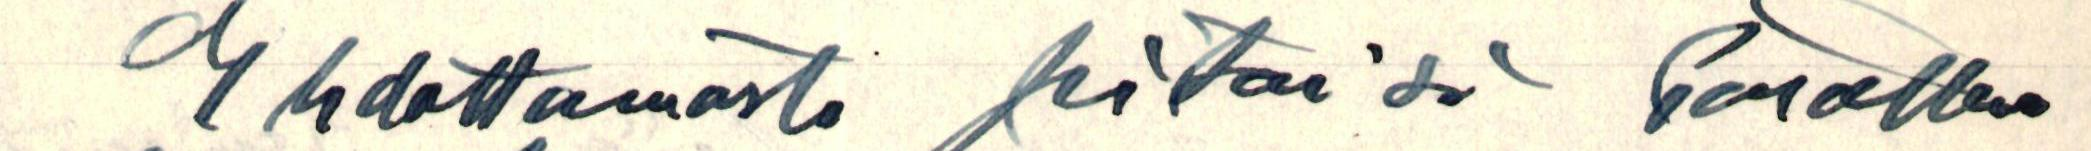
Ehdottomasti pitäisi Palkkaa